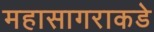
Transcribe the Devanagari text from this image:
महासागराकडे